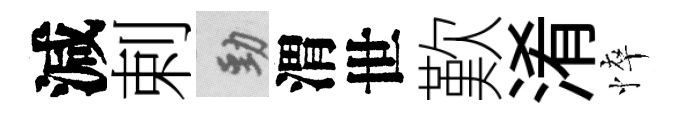
減剌勁渭世歎淆悴